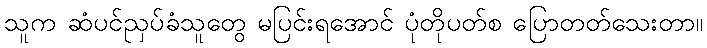
သူက ဆံပင်ညှပ်ခံသူတွေ မပြင်းရအောင် ပုံတိုပတ်စ ပြောတတ်သေးတာ။